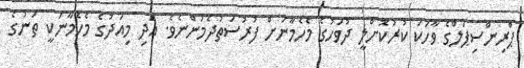
ޕްރިންސިޕަލްގެ ވާހަކަ ކުރުކޮށްލީ ދުވަހުގެ މެހެމާނަށް ފުރުސަތުދެމުންނެވެ. އަދި މިއަދުގެ މެހެމާނަކީ ތަނުގެ